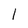
Character: 1